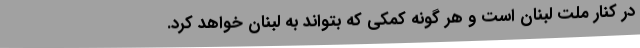
در کنار ملت لبنان است و هر گونه کمکی که بتواند به لبنان خواهد کرد.